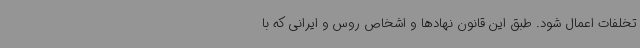
تخلفات اعمال شود. طبق این قانون نهادها و اشخاص روس و ایرانی که با